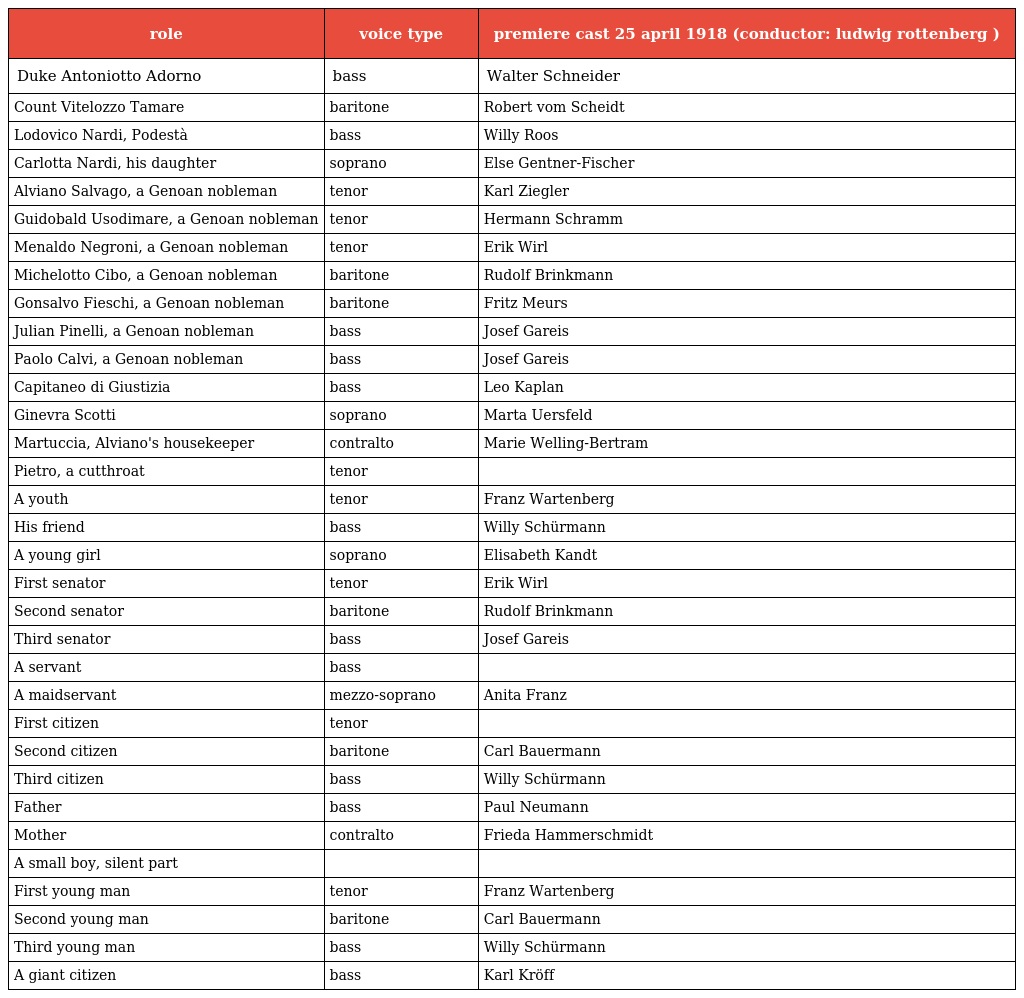
| role | voice type | premiere cast 25 april 1918 (conductor: ludwig rottenberg ) |
 | --- | --- | --- |
 | Duke Antoniotto Adorno | bass | Walter Schneider |
 | Count Vitelozzo Tamare | baritone | Robert vom Scheidt |
 | Lodovico Nardi, Podestà | bass | Willy Roos |
 | Carlotta Nardi, his daughter | soprano | Else Gentner-Fischer |
 | Alviano Salvago, a Genoan nobleman | tenor | Karl Ziegler |
 | Guidobald Usodimare, a Genoan nobleman | tenor | Hermann Schramm |
 | Menaldo Negroni, a Genoan nobleman | tenor | Erik Wirl |
 | Michelotto Cibo, a Genoan nobleman | baritone | Rudolf Brinkmann |
 | Gonsalvo Fieschi, a Genoan nobleman | baritone | Fritz Meurs |
 | Julian Pinelli, a Genoan nobleman | bass | Josef Gareis |
 | Paolo Calvi, a Genoan nobleman | bass | Josef Gareis |
 | Capitaneo di Giustizia | bass | Leo Kaplan |
 | Ginevra Scotti | soprano | Marta Uersfeld |
 | Martuccia, Alviano's housekeeper | contralto | Marie Welling-Bertram |
 | Pietro, a cutthroat | tenor |  |
 | A youth | tenor | Franz Wartenberg |
 | His friend | bass | Willy Schürmann |
 | A young girl | soprano | Elisabeth Kandt |
 | First senator | tenor | Erik Wirl |
 | Second senator | baritone | Rudolf Brinkmann |
 | Third senator | bass | Josef Gareis |
 | A servant | bass |  |
 | A maidservant | mezzo-soprano | Anita Franz |
 | First citizen | tenor |  |
 | Second citizen | baritone | Carl Bauermann |
 | Third citizen | bass | Willy Schürmann |
 | Father | bass | Paul Neumann |
 | Mother | contralto | Frieda Hammerschmidt |
 | A small boy, silent part |  |  |
 | First young man | tenor | Franz Wartenberg |
 | Second young man | baritone | Carl Bauermann |
 | Third young man | bass | Willy Schürmann |
 | A giant citizen | bass | Karl Kröff |